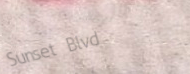
Sunset Blvd